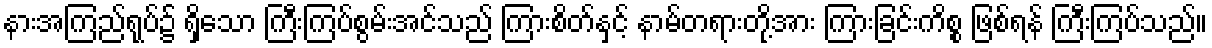
နားအကြည်ရုပ်၌ ရှိသော ကြီးကြပ်စွမ်းအင်သည် ကြားစိတ်နှင့် နာမ်တရားတို့အား ကြားခြင်းကိစ္စ ဖြစ်ရန် ကြီးကြပ်သည်။